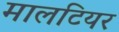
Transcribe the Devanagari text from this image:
मालटियर